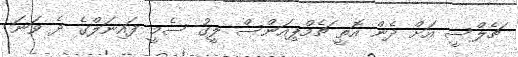
ޗެލްސީ އަށް ދެން އޮތީ ޗެމްޕިއަންސް ލީގު ސެމީ ފައިނަލްގެ ދެ ވަނަ